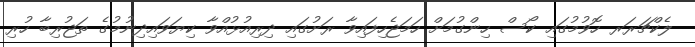
ލެކްޗަރަރ ހޮވުމުގައި ކޯސް ހިންގުމަށް ހަމަޖެހިފައިވާ ރަށުގައި ދިރިއުޅުއްވާ ކިޔަވައިދިނުމުގެ ތަޖުރިބާ ހުރި